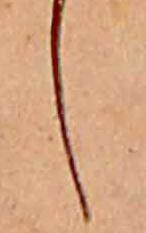
し